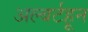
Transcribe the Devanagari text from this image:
अल्बर्टहून